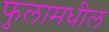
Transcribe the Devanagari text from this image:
फुलामधील